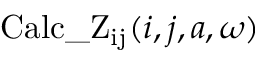
\mathrm { C a l c \_ Z _ { i j } } ( i , j , a , \omega )